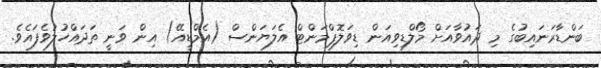
ބަންޑާރަނައިބުގެ މި ދައުވާއަށް މޯލްޑިވިއަން ޑިވަލޮޕްމަންޓް އެލަޔަންސް (އެމްޑީއޭ) އިން ވަނީ ތަދައްހުލުވެފައެވެ.